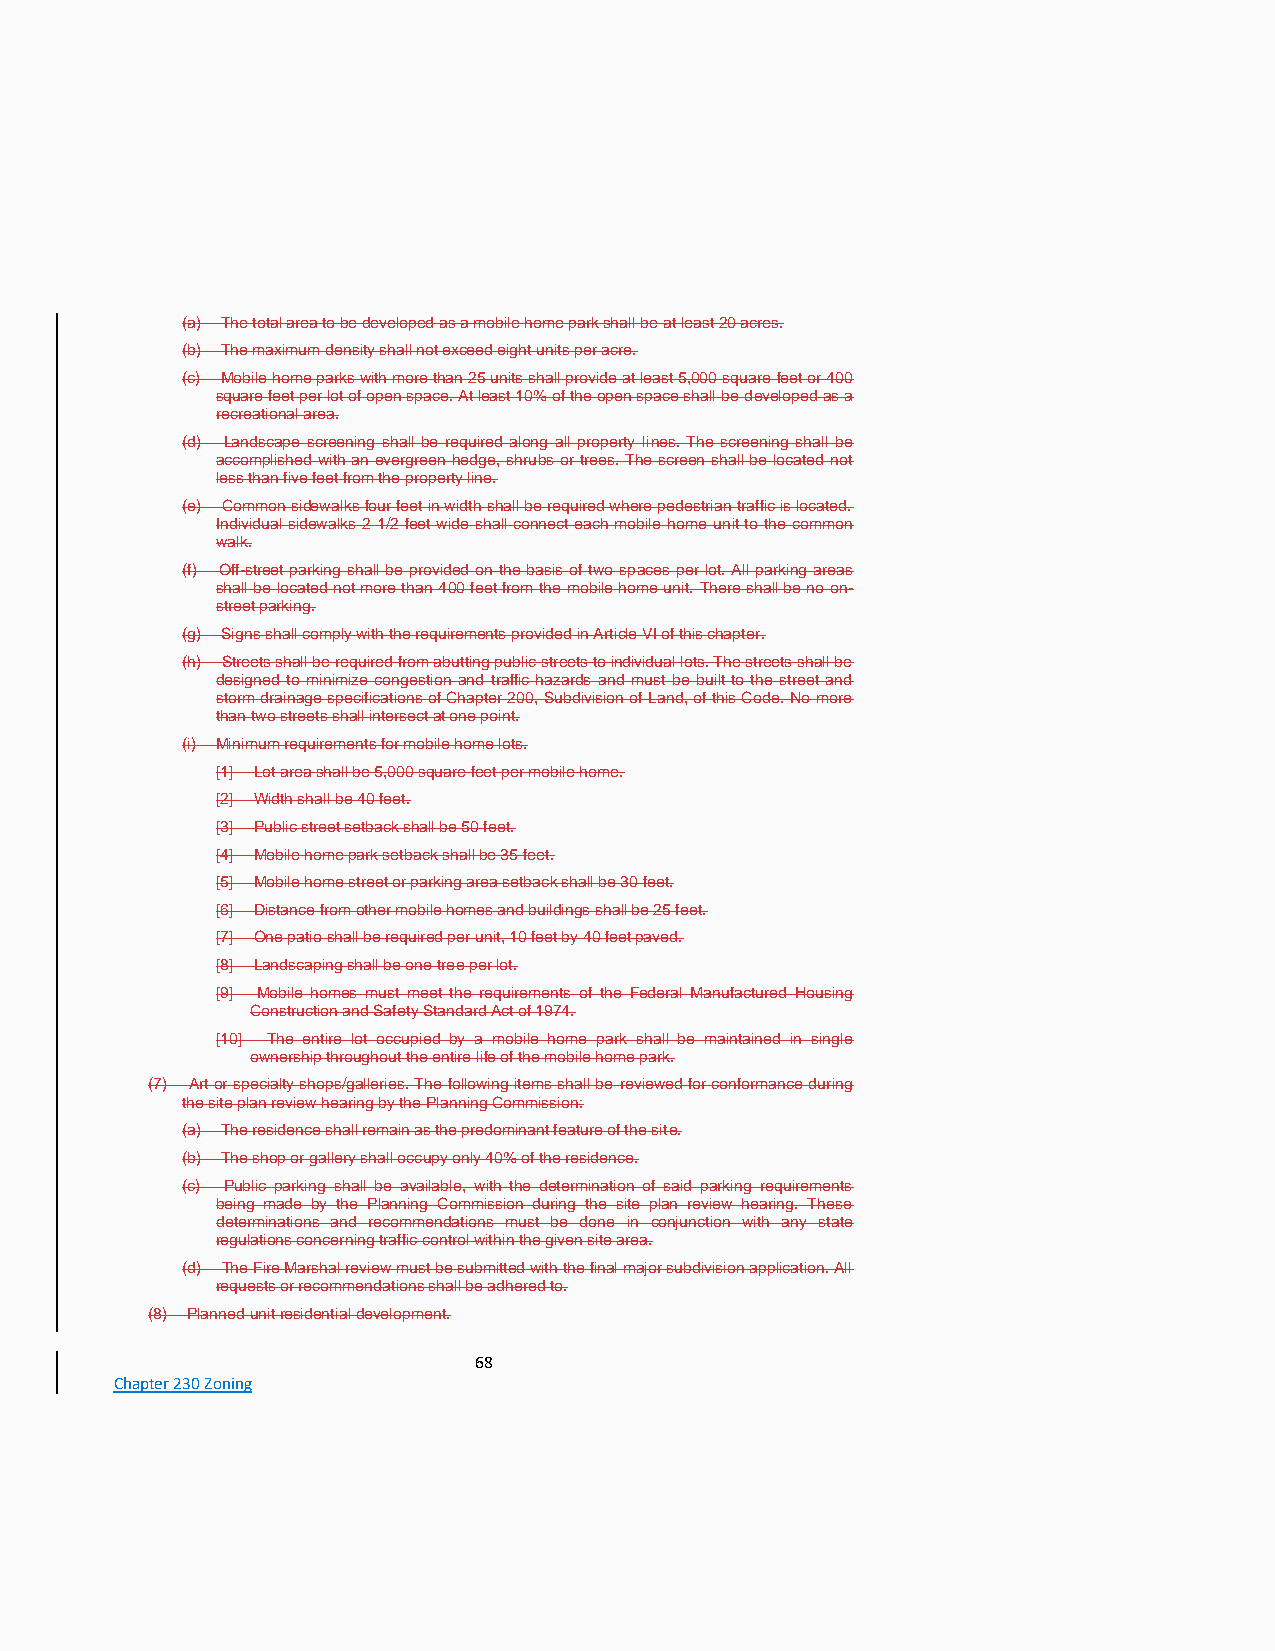
(a) The total area to be developed as a mobile home park shall be at least 20 acres.
 (b) The maximum density shall not exceed eight units per acre.
 (c) Mobile home parks with more than 25 units shall provide at least 5,000 square feet or 400
 square feet per lot of open space. At least 10% of the open space shall be developed as a
 recreational area.
 (d) Landscape screening shall be required along all property lines. The screening shall be
 accomplished with an evergreen hedge, shrubs or trees. The screen shall be located not
 less than five feet from the property line.
 (e) Common sidewalks four feet in width shall be required where pedestrian traffic is located.
 Individual sidewalks 2 1/2 feet wide shall connect each mobile home unit to the common
 walk.
 (f) Off-street parking shall be provided on the basis of two spaces per lot. All parking areas
 shall be located not more than 400 feet from the mobile home unit. There shall be no on-
 street parking.
 (g) Signs shall comply with the requirements provided in Article VI of this chapter.
 (h) Streets shall be required from abutting public streets to individual lots. The streets shall be
 designed to minimize congestion and traffic hazards and must be built to the street and
 storm drainage specifications of Chapter 200, Subdivision of Land, of this Code. No more
 than two streets shall intersect at one point.
 (i) Minimum requirements for mobile home lots.
 [1] Lot area shall be 5,000 square feet per mobile home.
 [2] Width shall be 40 feet.
 [3] Public street setback shall be 50 feet.
 [4] Mobile home park setback shall be 35 feet.
 [5] Mobile home street or parking area setback shall be 30 feet.
 [6] Distance from other mobile homes and buildings shall be 25 feet.
 [7] One patio shall be required per unit, 10 feet by 40 feet paved.
 [8] Landscaping shall be one tree per lot.
 [9] Mobile homes must meet the requirements of the Federal Manufactured Housing
 Construction and Safety Standard Act of 1974.
 [10] The entire lot occupied by a mobile home park shall be maintained in single
 ownership throughout the entire life of the mobile home park.
 (7) Art or specialty shops/galleries. The following items shall be reviewed for conformance during
 the site plan review hearing by the Planning Commission:
 (a) The residence shall remain as the predominant feature of the site.
 (b) The shop or gallery shall occupy only 40% of the residence.
 (c) Public parking shall be available, with the determination of said parking requirements
 being made by the Planning Commission during the site plan review hearing. These
 determinations and recommendations must be done in conjunction with any state
 regulations concerning traffic control within the given site area.
 (d) The Fire Marshal review must be submitted with the final major subdivision application. All
 requests or recommendations shall be adhered to.
 (8) Planned unit residential development.
 68
 Chapter 230 Zoning